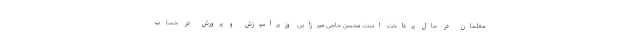
معلمان در حال پرداخت است. محسن حاجی میرزایی وزیرآموزش و پرورش در حساب